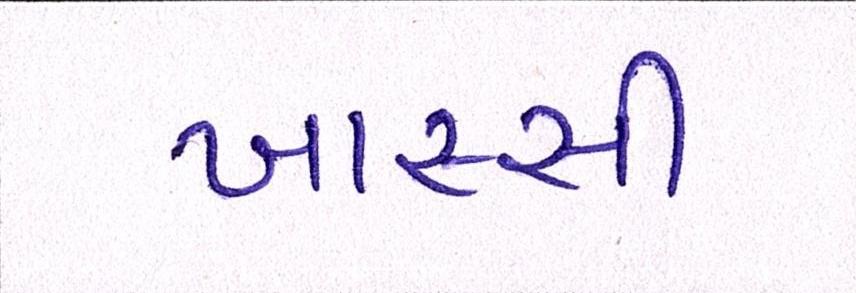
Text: ખાસ્સી